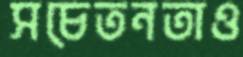
সচেতনতাও